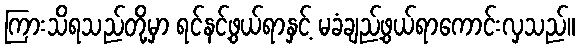
ကြားသိရသည်တို့မှာ ရင်နင့်ဖွယ်ရာနှင့် မခံချည့်ဖွယ်ရာကောင်းလှသည်။